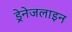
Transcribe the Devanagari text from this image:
ड्रेनेजलाइन